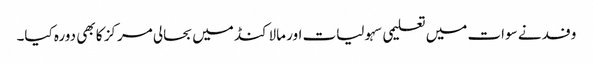
وفد نے سوات میں تعلیمی سہولیات اور مالاکنڈ میں بحالی مرکز کا بھی دورہ کیا۔